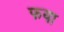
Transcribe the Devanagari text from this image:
फया